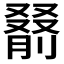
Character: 𪠰